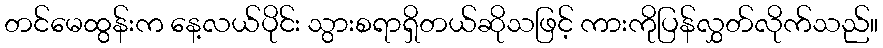
တင်မေထွန်းက နေ့လယ်ပိုင်း သွားစရာရှိတယ်ဆိုသဖြင့် ကားကိုပြန်လွှတ်လိုက်သည်။